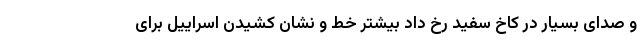
و صدای بسیار در کاخ سفید رخ داد بیشتر خط و نشان کشیدن اسراییل برای